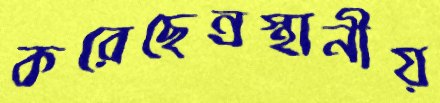
করেছেন্রস্থানীয়